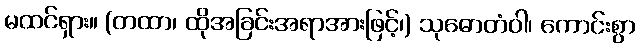
မထင်ရှား။ (တထာ၊ ထိုအခြင်းအရာအားဖြင့်၊) သုဓောတံဝါ၊ ကောင်းစွာ